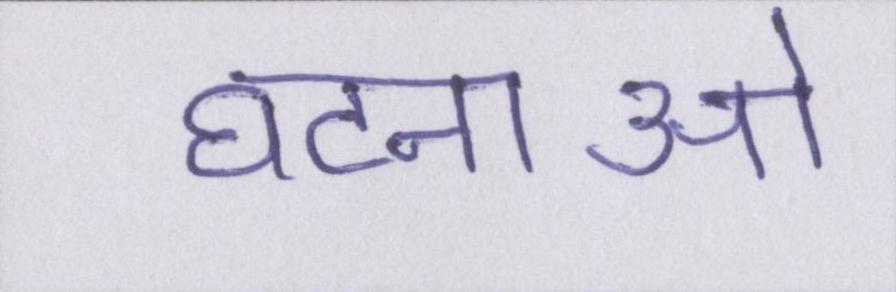
घटनाओ